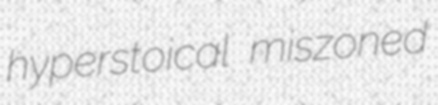
hyperstoical miszoned